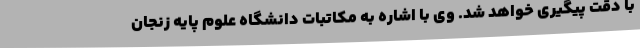
با دقت پیگیری خواهد شد. وی با اشاره به مکاتبات دانشگاه علوم پایه زنجان